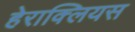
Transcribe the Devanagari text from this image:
हेराक्लियस